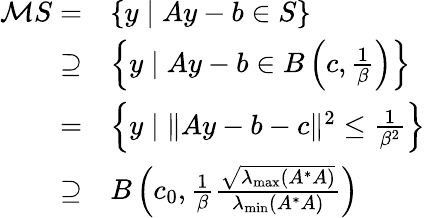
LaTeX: \begin{array}{rl}{\mathcal{M}S=}&{\{ y\mid Ay-b\in S\} }\\ {\supseteq}&{\left\{ y\mid Ay-b\in B\left(c,\frac{1}{\beta}\right)\right\} }\\ {=}&{\left\{ y\mid\| Ay-b-c\| ^{2}\leq\frac{1}{\beta^{2}}\right\} }\\ {\supseteq}&{B\left(c_{0},\frac{1}{\beta}\frac{\sqrt{\lambda_{\operatorname*{max}}(A^{*}A)}}{\lambda_{\operatorname*{min}}(A^{*}A)}\right)}\end{array}